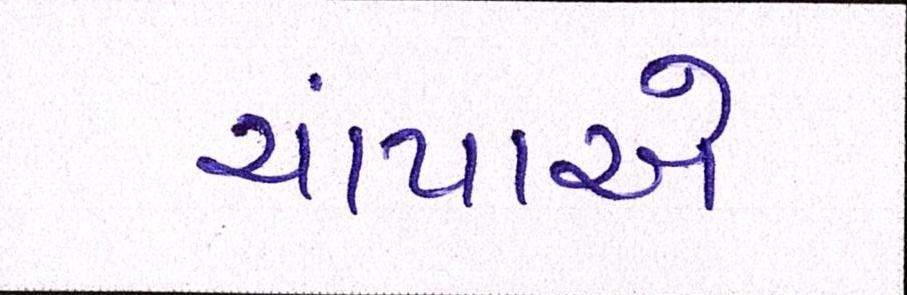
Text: ચાંપાએ